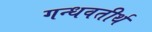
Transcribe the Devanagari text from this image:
गन्धवतीर्थ